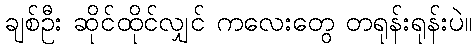
ချစ်ဦး ဆိုင်ထိုင်လျှင် ကလေးတွေ တရုန်းရုန်းပဲ။